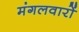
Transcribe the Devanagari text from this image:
मंगलवारों